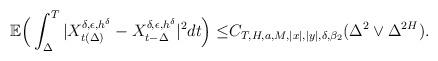
LaTeX: \begin{align*}\begin{aligned}\mathbb{E}\Big(\int_{\Delta}^{T}|X_{t(\Delta)}^{\delta,\epsilon,h^{\delta}}-X_{t-\Delta}^{\delta,\epsilon,h^{\delta}}|^{2}dt\Big)\leq &C_{T,H,a,M,|x|,|y|,\delta,\beta_{2}}(\Delta^{2}\vee\Delta^{2H}).\end{aligned}\end{align*}